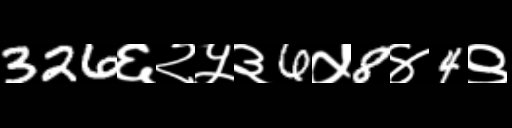
Text: 326६२५३6५8४4९